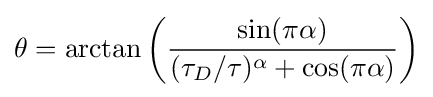
\theta =\arctan \left({\sin(\pi \alpha ) \over (\tau _{D}/\tau )^{\alpha }+\cos(\pi \alpha )}\right)